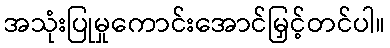
အသုံးပြုမှုကောင်းအောင်မြှင့်တင်ပါ။